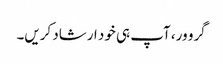
گرو ور، آپ ہی خود ارشاد کریں۔